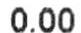
0.00